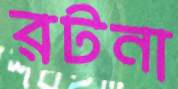
রটনা